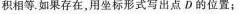
积相等。如果存在，用坐标形式写出点D的位置；